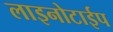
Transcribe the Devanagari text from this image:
लाइनोटाईप